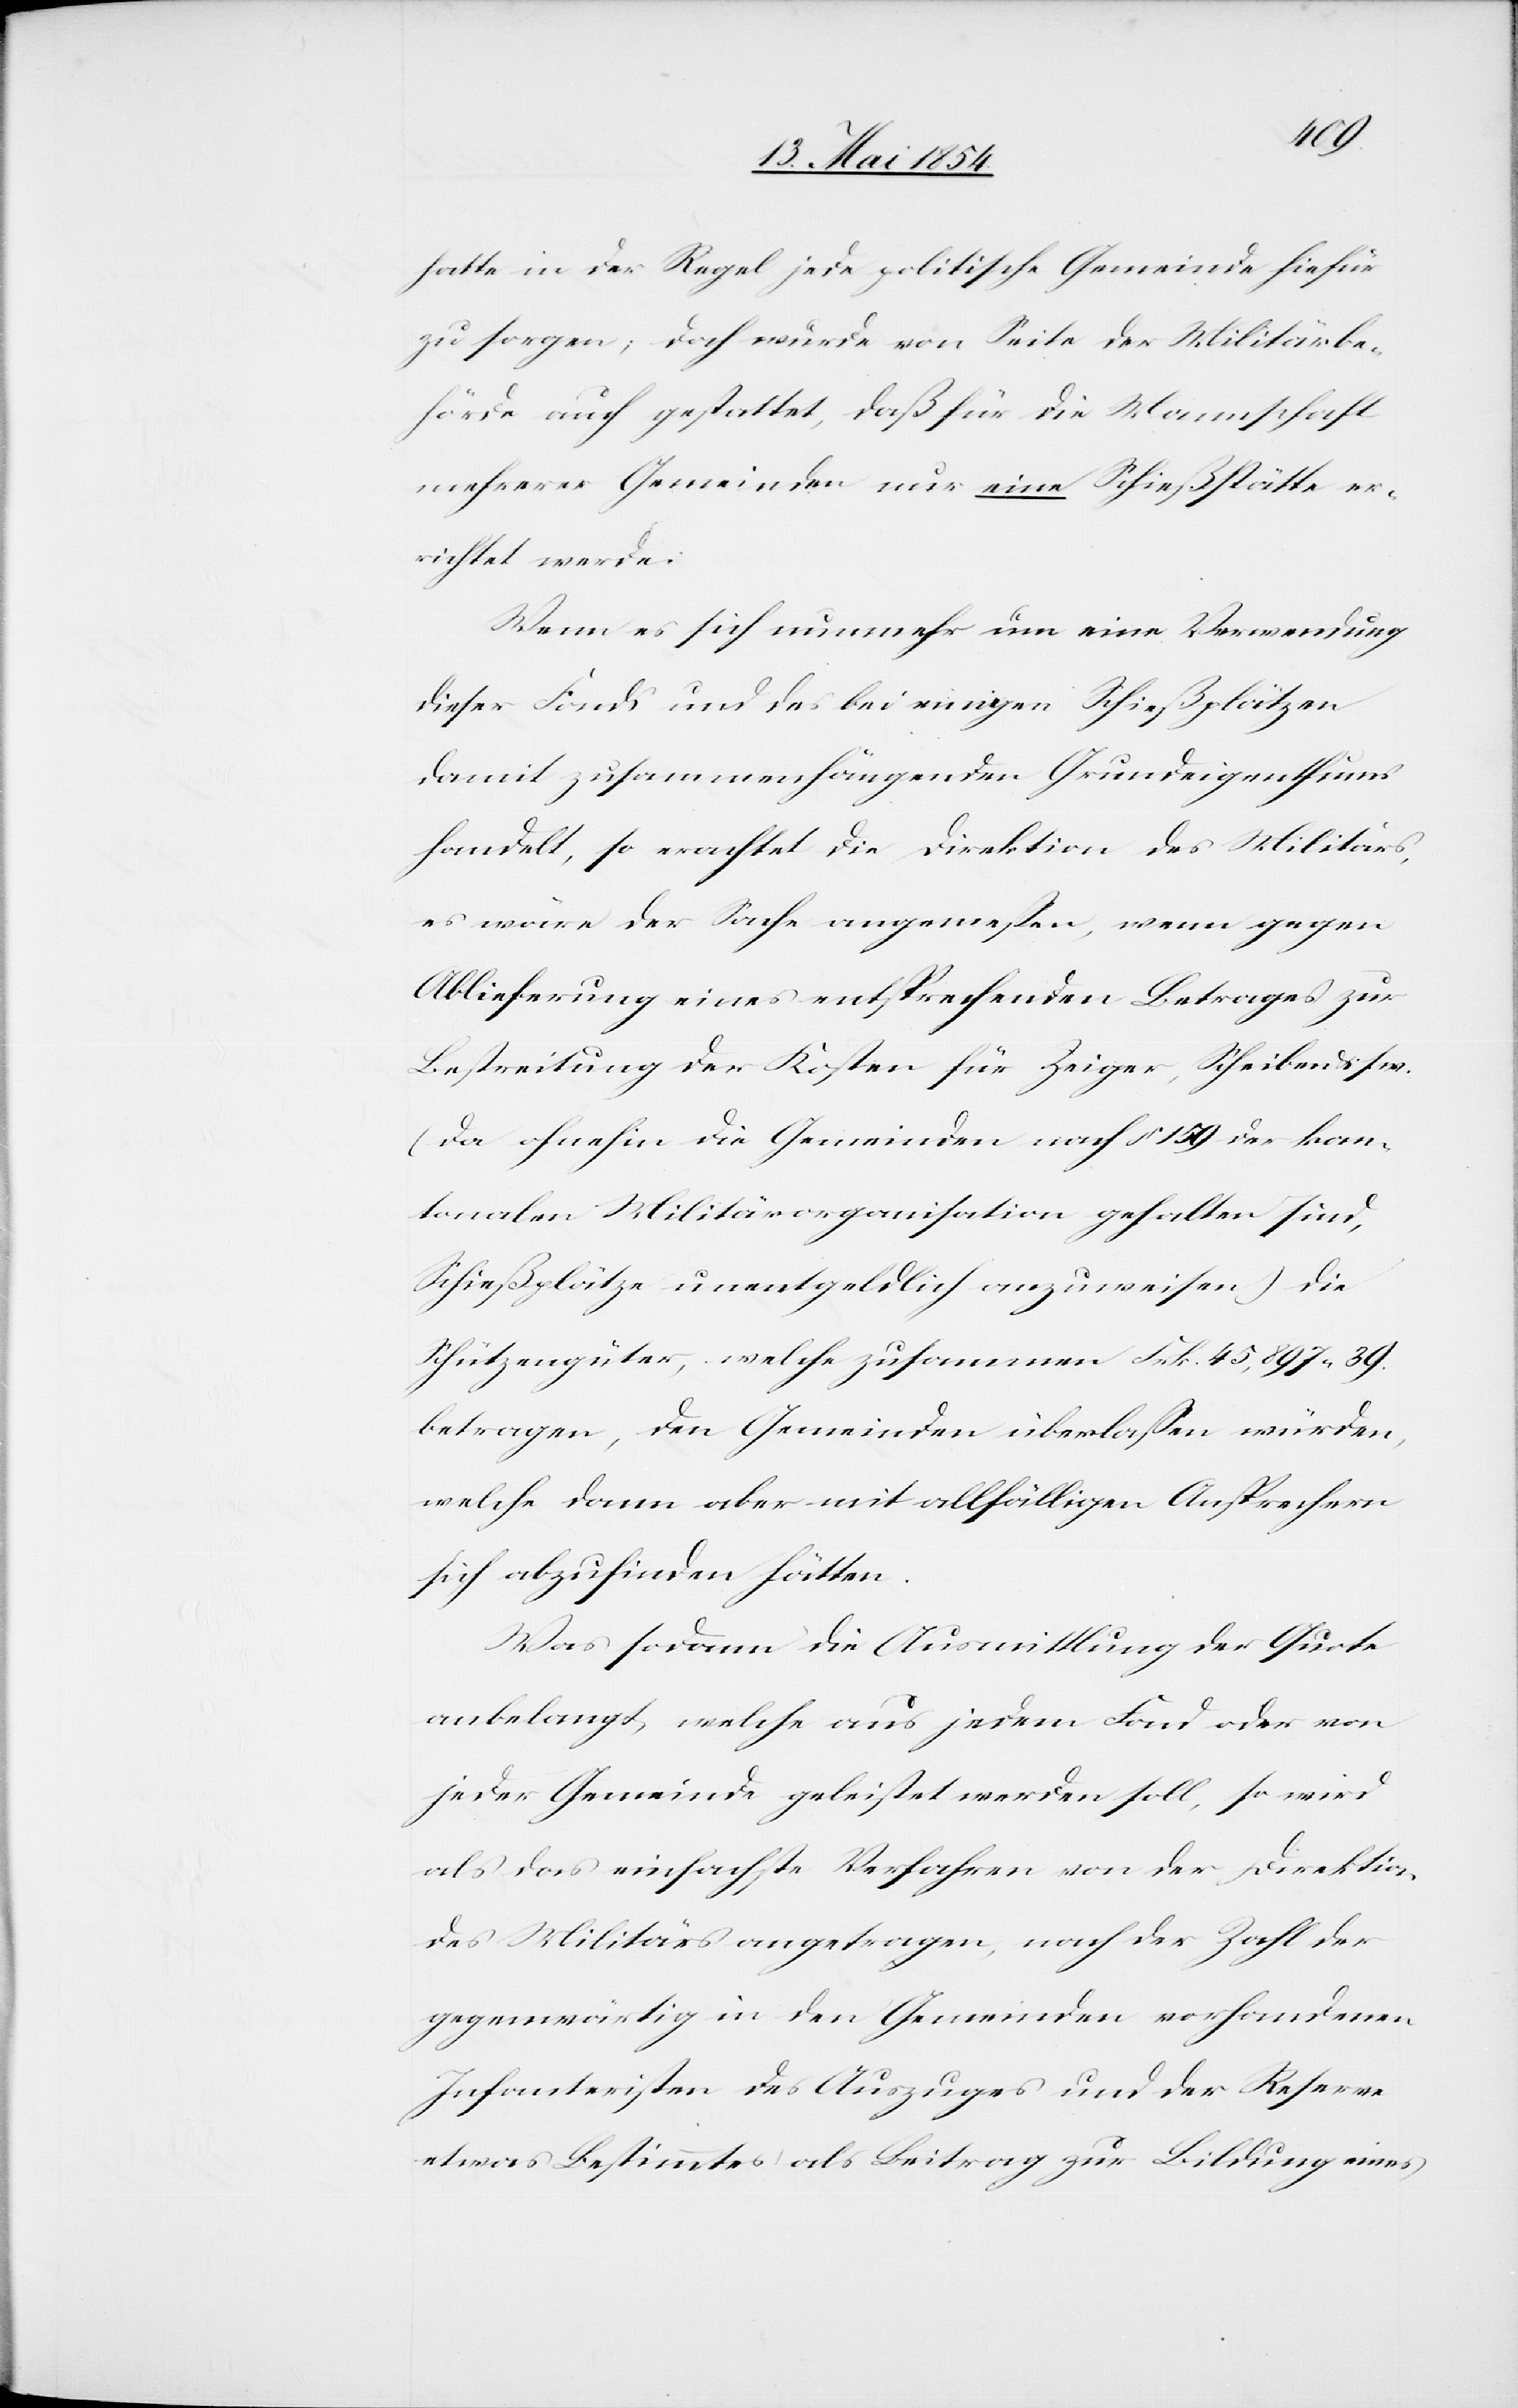
hatte in der Regel jede politische Gemeinde hiefür
zu sorgen; doch wurde von Seite der Militärbe¬
hörde auch gestattet, daß für die Mannschaft
mehrerer Gemeinden nur eine Schießstätte er¬
richtet werde.
Wenn es sich nunmehr um eine Verwendung
dieser Fonds und des bei einigen Schießplätzen
damit zusammenhängenden Grundeigenthums
handelt, so erachtet die Direktion des Militärs,
es wäre der Sache angemeßen, wenn gegen
Ablieferung eines entsprechenden Betrages zur
Bestreitung der Kosten für Zeiger, Scheiben u. s.
(da ohnehin die Gemeinden nach § 159 der kan¬
tonalen Militärorganisation gehalten sind,
Schießplätze unentgeldlich anzuweisen) die
Schützengüter, welche zusammen Frk. 45,897. 39.
betragen, den Gemeinden überlaßen würden,
welche dann aber mit allfälligen Ansprechern
sich abzufinden hätten.
Was sodann die Ausmittlung der Quote
anbelangt, welche aus jedem Fond oder von
jeder Gemeinde geleistet werden soll, so wird
als das einfachste Verfahren von der Direktion
des Militärs angetragen, nach der Zahl der
gegenwärtig in den Gemeinden vorhandenen
Infanteristen des Auszuges oder der Reserve
etwas Bestimmtes als Beitrag zur Bildung eines